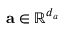
\mathbf { a } \in \mathbb { R } ^ { d _ { a } }